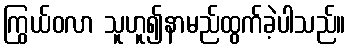
ကြွယ်ဝလာ သူဟူ၍နာမည်ထွက်ခဲ့ပါသည်။